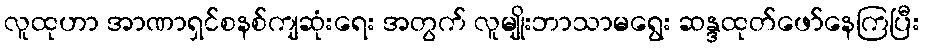
လူထုဟာ အာဏာရှင်စနစ်ကျဆုံးရေး အတွက် လူမျိုးဘာသာမရွေး ဆန္ဒထုတ်ဖော်နေကြပြီး